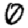
Digit: 0